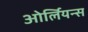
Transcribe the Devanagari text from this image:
ओर्लियन्स